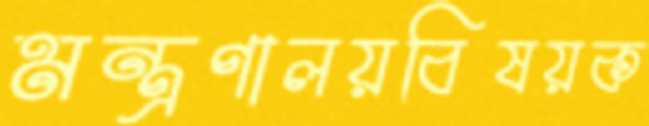
মন্ত্রণালয়বিষয়ক